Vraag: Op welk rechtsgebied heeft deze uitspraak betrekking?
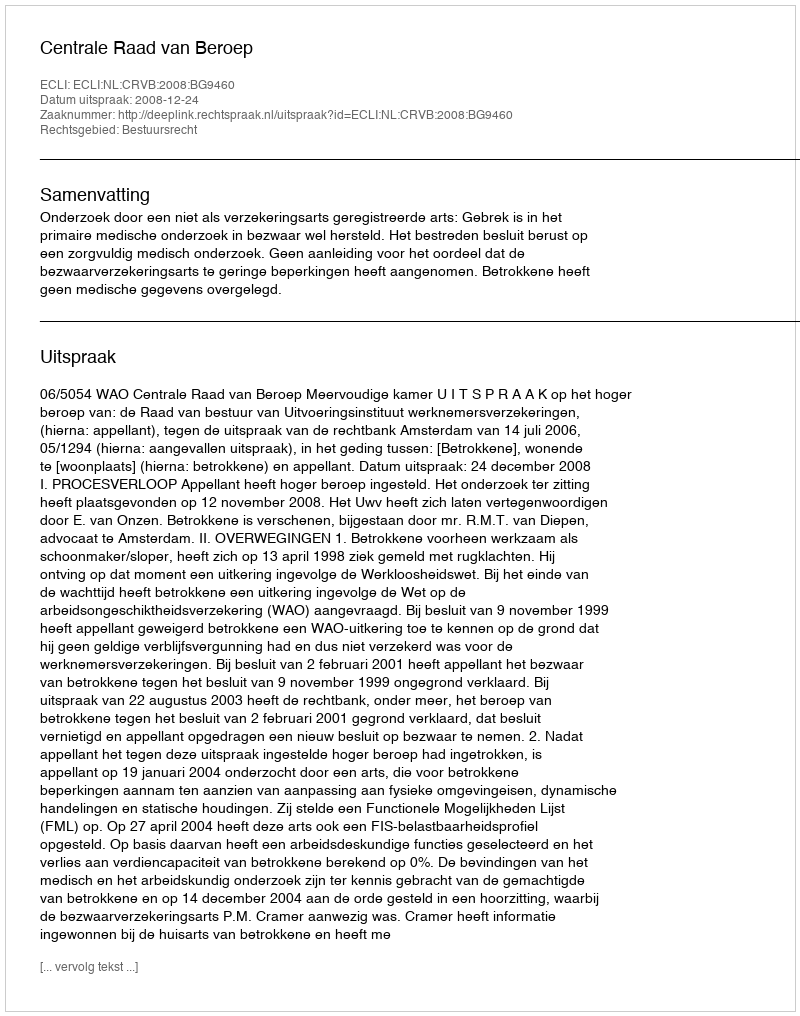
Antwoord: Bestuursrecht